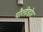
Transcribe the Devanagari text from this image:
पौलीडोर